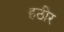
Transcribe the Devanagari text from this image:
हठीर